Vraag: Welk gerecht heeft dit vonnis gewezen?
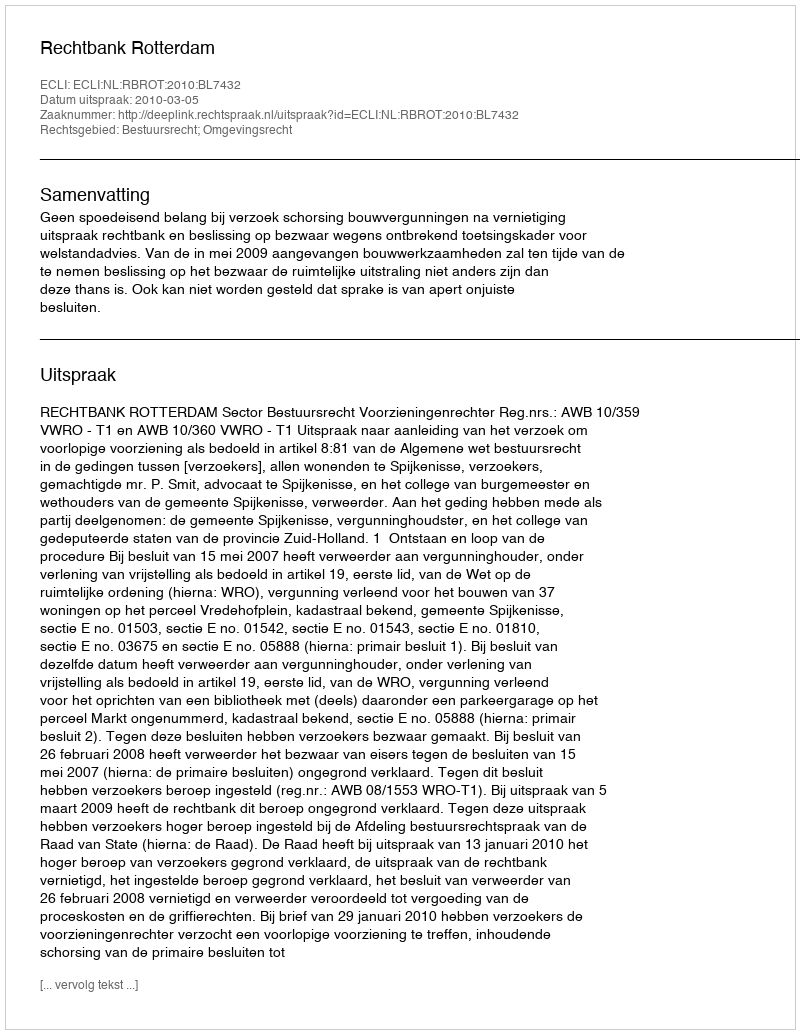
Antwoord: Rechtbank Rotterdam